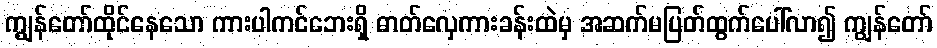
ကျွန်တော်ထိုင်နေသော ကားပါကင်ဘေးရှိ ဓာတ်လှေကားခန်းထဲမှ အဆက်မပြတ်ထွက်ပေါ်လာ၍ ကျွန်တော်